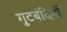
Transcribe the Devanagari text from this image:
गुटबंदियों